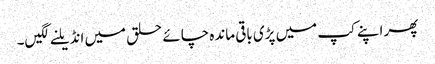
پھر اپنے کپ میں پڑی باقی ماندہ چائے حلق میں انڈیلنے لگیں۔